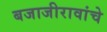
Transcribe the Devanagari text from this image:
बजाजीरावांचे